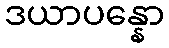
ဒယာပန္နော